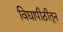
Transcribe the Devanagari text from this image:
विद्यापीठीतून